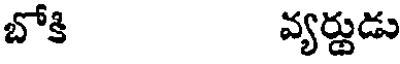
బోకి వ్యర్జుడు